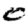
Digit: 0